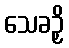
သေခဉှိ